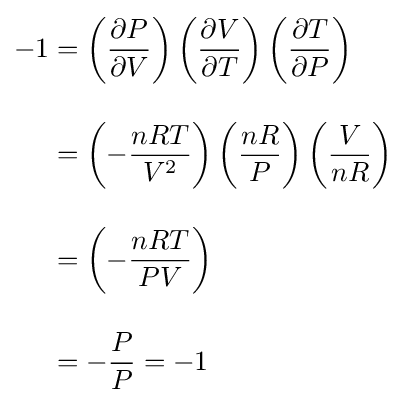
{\begin{aligned}-1&=\left({\frac {\partial P}{\partial V}}\right)\left({\frac {\partial V}{\partial T}}\right)\left({\frac {\partial T}{\partial P}}\right)\\[1em]&=\left(-{\frac {nRT}{V^{2}}}\right)\left({\frac {nR}{P}}\right)\left({\frac {V}{nR}}\right)\\[1em]&=\left(-{\frac {nRT}{PV}}\right)\\[1em]&=-{\frac {P}{P}}=-1\end{aligned}}